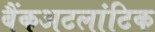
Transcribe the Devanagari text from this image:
बैंकअटलांटिक